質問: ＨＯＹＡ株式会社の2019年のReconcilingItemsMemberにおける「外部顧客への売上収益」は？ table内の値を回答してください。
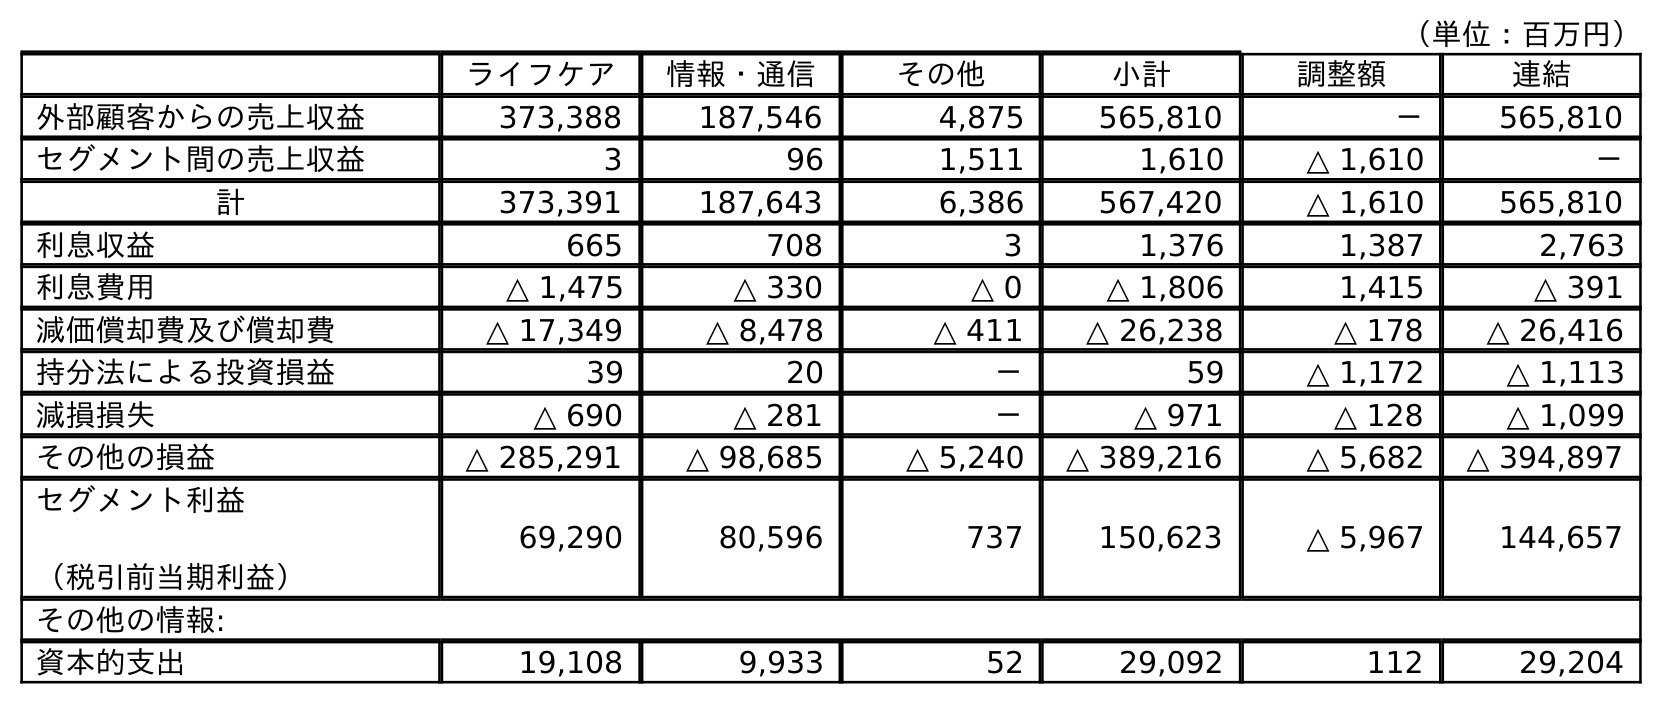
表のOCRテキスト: （単位：百万円） ライフケア 情報・通信 その他 小計 調整額 連結 外部顧客からの売上収益 373,388 187,546 4,875 565,810 － 565,810 セグメント間の売上収益 3 96 1,511 1,610 △ 1,610 － 計 373,391 187,643 6,386 567,420 △ 1,610 565,810 利息収益 665 708 3 1,376 1,387 2,763 利息費用 △ 1,475 △ 330 △ 0 △ 1,806 1,415 △ 391 減価償却費及び償却費 △ 17,349 △ 8,478 △ 411 △ 26,238 △ 178 △ 26,416 持分法による投資損益 39 20 － 59 △ 1,172 △ 1,113 減損損失 △ 690 △ 281 － △ 971 △ 128 △ 1,099 その他の損益 △ 285,291 △ 98,685 △ 5,240 △ 389,216 △ 5,682 △ 394,897 セグメント利益 （税引前当期利益） 69,290 80,596 737 150,623 △ 5,967 144,657 その他の情報: 資本的支出 19,108 9,933 52 29,092 112 29,204
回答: －